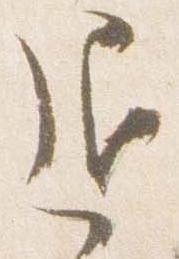
退